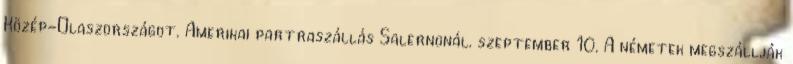
Közép-Olaszországot. Amerikai partraszállás Salernonál. szeptember 10. A németek megszállják